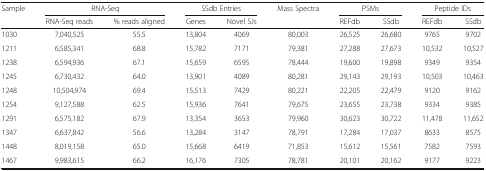
<table><thead><tr><td><b>Sample</b></td><td colspan="2"><b>RNA-Seq</b></td><td colspan="2"><b>SSdb Entries</b></td><td><b>Mass Spectra</b></td><td colspan="2"><b>PSMs</b></td><td colspan="2"><b>Peptide IDs</b></td></tr><tr><td></td><td><b>RNA-Seq reads</b></td><td><b>% reads aligned</b></td><td><b>Genes</b></td><td><b>Novel SJs</b></td><td></td><td><b>REFdb</b></td><td><b>SSdb</b></td><td><b>REFdb</b></td><td><b>SSdb</b></td></tr></thead><tbody><tr><td>1030</td><td>7,040,525</td><td>55.5</td><td>13,804</td><td>4069</td><td>80,003</td><td>26,525</td><td>26,680</td><td>9765</td><td>9702</td></tr><tr><td>1211</td><td>6,585,341</td><td>68.8</td><td>15,782</td><td>7171</td><td>79,381</td><td>27,288</td><td>27,673</td><td>10,532</td><td>10,527</td></tr><tr><td>1238</td><td>6,594,936</td><td>67.1</td><td>15,659</td><td>6595</td><td>78,444</td><td>19,600</td><td>19,898</td><td>9349</td><td>9354</td></tr><tr><td>1245</td><td>6,730,432</td><td>64.0</td><td>13,901</td><td>4089</td><td>80,281</td><td>29,143</td><td>29,193</td><td>10,503</td><td>10,463</td></tr><tr><td>1248</td><td>10,504,974</td><td>69.4</td><td>15,513</td><td>7429</td><td>80,221</td><td>22,205</td><td>22,479</td><td>9120</td><td>9162</td></tr><tr><td>1254</td><td>9,127,588</td><td>62.5</td><td>15,936</td><td>7641</td><td>79,675</td><td>23,655</td><td>23,738</td><td>9334</td><td>9385</td></tr><tr><td>1291</td><td>6,575,182</td><td>67.9</td><td>13,354</td><td>3653</td><td>79,960</td><td>30,623</td><td>30,722</td><td>11,478</td><td>11,652</td></tr><tr><td>1347</td><td>6,637,842</td><td>56.6</td><td>13,284</td><td>3147</td><td>78,791</td><td>17,284</td><td>17,037</td><td>8633</td><td>8575</td></tr><tr><td>1448</td><td>8,019,158</td><td>65.0</td><td>15,668</td><td>6419</td><td>71,853</td><td>15,612</td><td>15,561</td><td>7582</td><td>7593</td></tr><tr><td>1467</td><td>9,983,615</td><td>66.2</td><td>16,176</td><td>7305</td><td>78,781</td><td>20,101</td><td>20,162</td><td>9177</td><td>9223</td></tr></tbody></table>